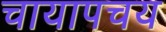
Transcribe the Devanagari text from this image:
चायापचय